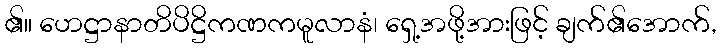
၏။ ဟေဋ္ဌာနာတိပိဋ္ဌိကဏကမူလာနံ၊ ရှေ့အဖို့အားဖြင့် ချက်၏အောက်,